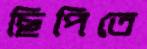
ছিপিতে